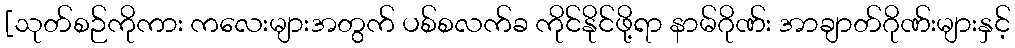
[သုတ်စဉ်ကိုကား ကလေးများအတွက် ပစ်စလက်ခ ကိုင်နိုင်ဖို့ရာ နာမ်ဂိုဏ်း အာချာတ်ဂိုဏ်းများနှင့်